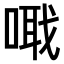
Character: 𠺵